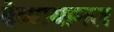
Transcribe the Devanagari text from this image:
देव्यायामल